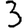
Digit: 3